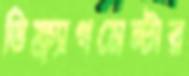
ডিফ্র্যাগমেন্টার